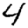
Digit: 4